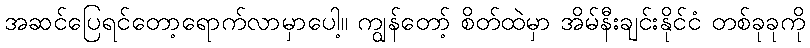
အဆင်ပြေရင်တော့ရောက်လာမှာပေါ့။ ကျွန်တော့် စိတ်ထဲမှာ အိမ်နီးချင်းနိုင်ငံ တစ်ခုခုကို